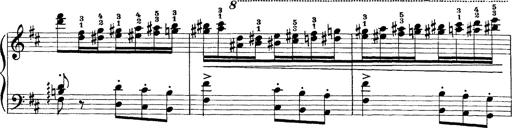
Title: Scherzo und Marsch
Composer: Franz Liszt